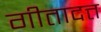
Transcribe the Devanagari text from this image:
गीतादत्त